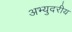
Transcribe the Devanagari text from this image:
अभ्युदरीय